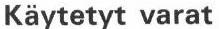
Käytetyt varat